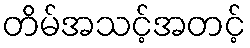
တိမ်အသင့်အတင့်